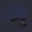
ગ